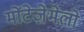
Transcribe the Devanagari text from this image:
मोंटेजे़मेलो